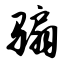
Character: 骟